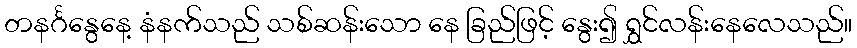
တနင်္ဂနွေနေ့ နံနက်သည် သစ်ဆန်းသော နေ ခြည်ဖြင့် နွေး၍ ရွှင်လန်းနေလေသည်။